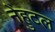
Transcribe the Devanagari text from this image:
नेहुटल